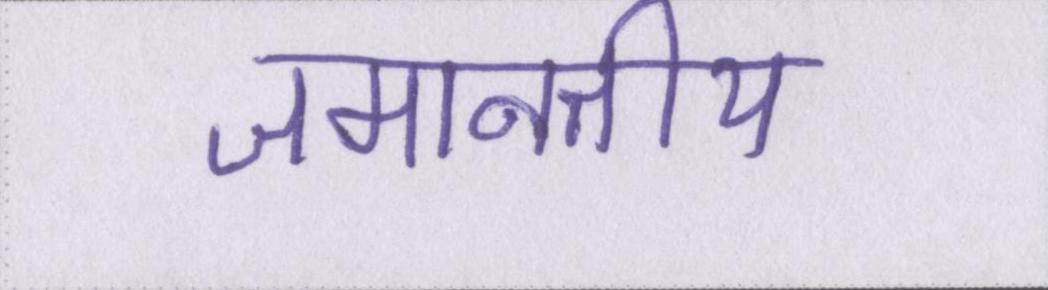
जमानतीय